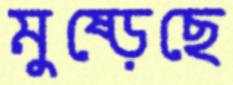
মুষ্‌ড়েছে